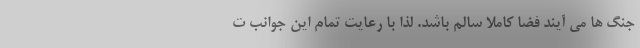
جنگ ها می آیند فضا کاملا سالم باشد. لذا با رعایت تمام این جوانب ت